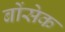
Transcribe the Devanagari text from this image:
बोंसेक